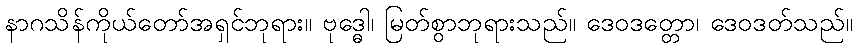
နာဂသိန်ကိုယ်တော်အရှင်ဘုရား။ ဗုဒ္ဓေါ၊ မြတ်စွာဘုရားသည်။ ဒေဝဒတ္တော၊ ဒေဝဒတ်သည်။